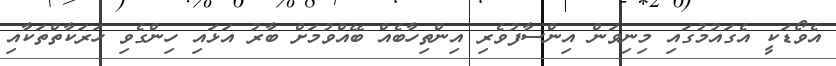
އެވޯޑަކީ އެގައުމުގައި މިނިވަން އިންސާފުވެރި އިންތިހާބެއް ބޭއްވުމަށް ބާރު އަޅައި ހިންގެވި ހަރަކާތްތަކާއި